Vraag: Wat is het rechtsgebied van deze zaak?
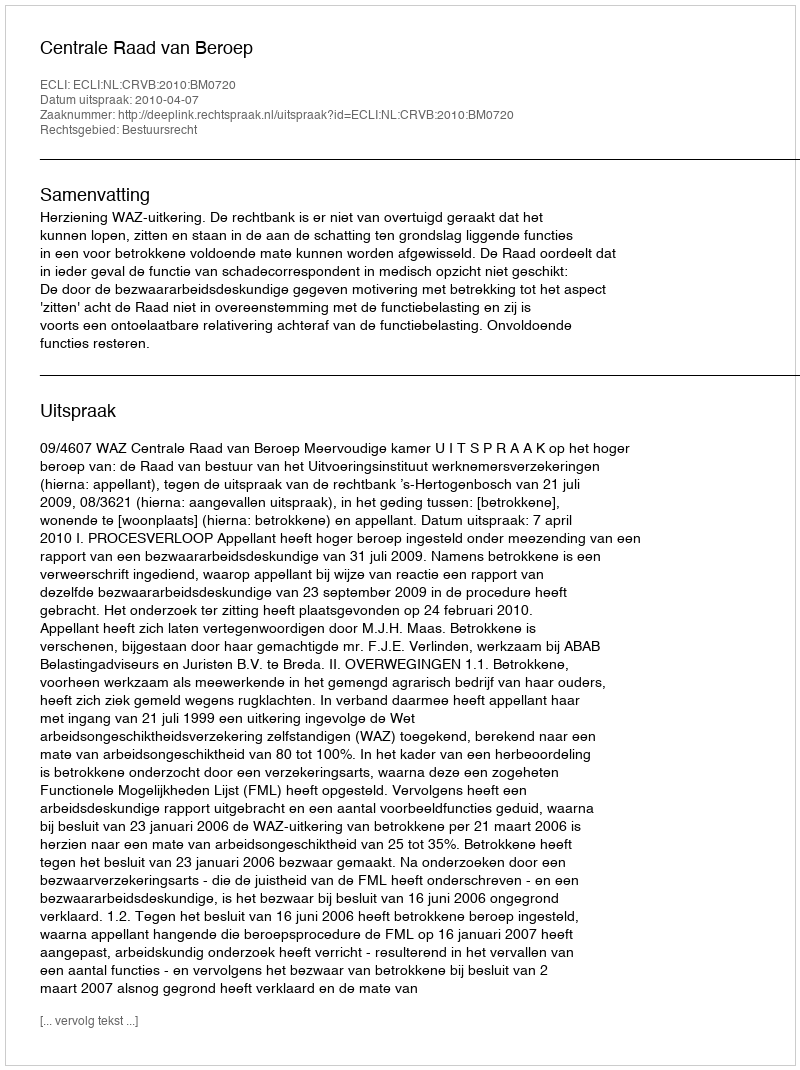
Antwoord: Bestuursrecht